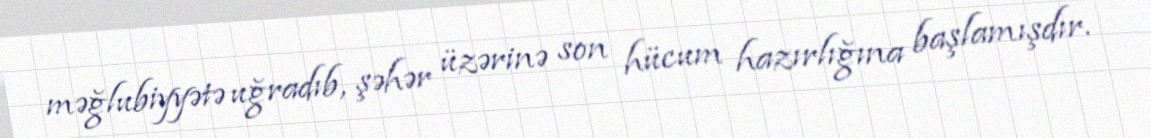
məğlubiyyətə uğradıb, şəhər üzərinə son hücum hazırlığına başlamışdır.